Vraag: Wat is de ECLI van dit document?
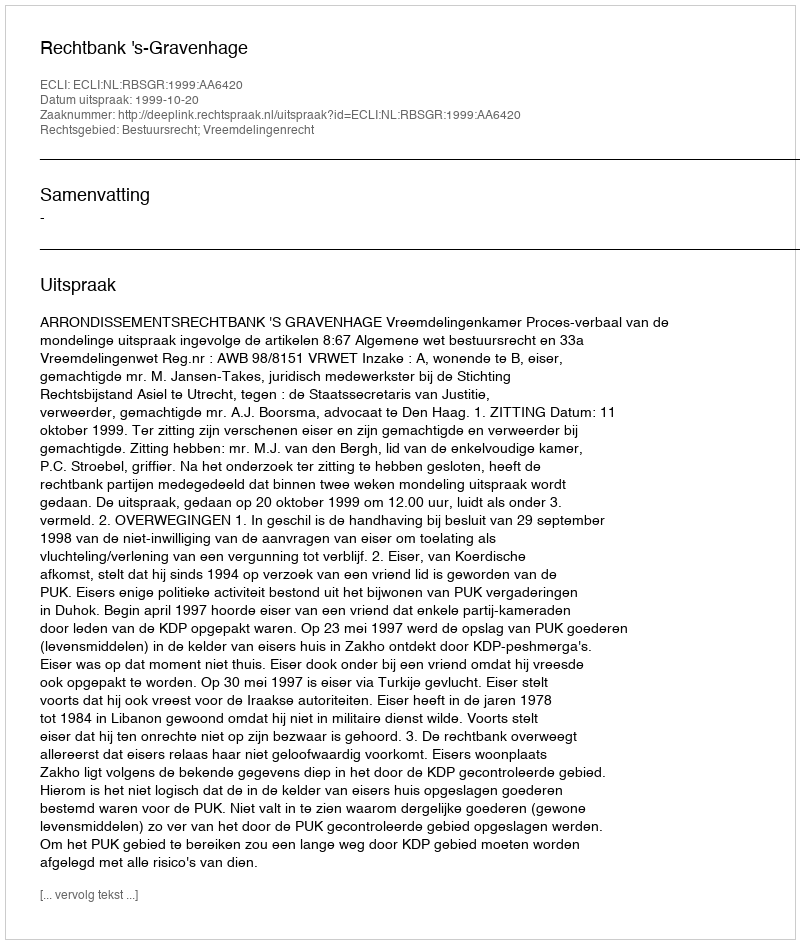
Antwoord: ECLI:NL:RBSGR:1999:AA6420